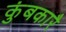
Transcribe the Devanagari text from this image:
कुंबकारै